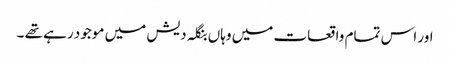
اور اس تمام واقعات میں وہاں بنگلہ دیش میں موجود رہے تھے ۔